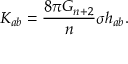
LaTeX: K _ { a b } = \frac { 8 \pi G _ { n + 2 } } { n } \sigma h _ { a b } .